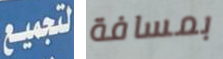
لتجميع بمسافة